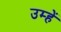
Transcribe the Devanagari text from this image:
उम्हें